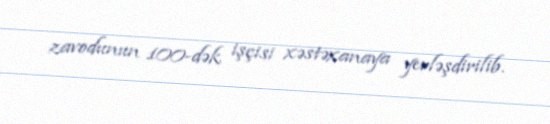
zavodunun 100-dək işçisi xəstəxanaya yerləşdirilib.